Annual report on the Civil Veterinary Department, Burma (including the Insein Veterinary School) - 1923-1931
Year: 1923
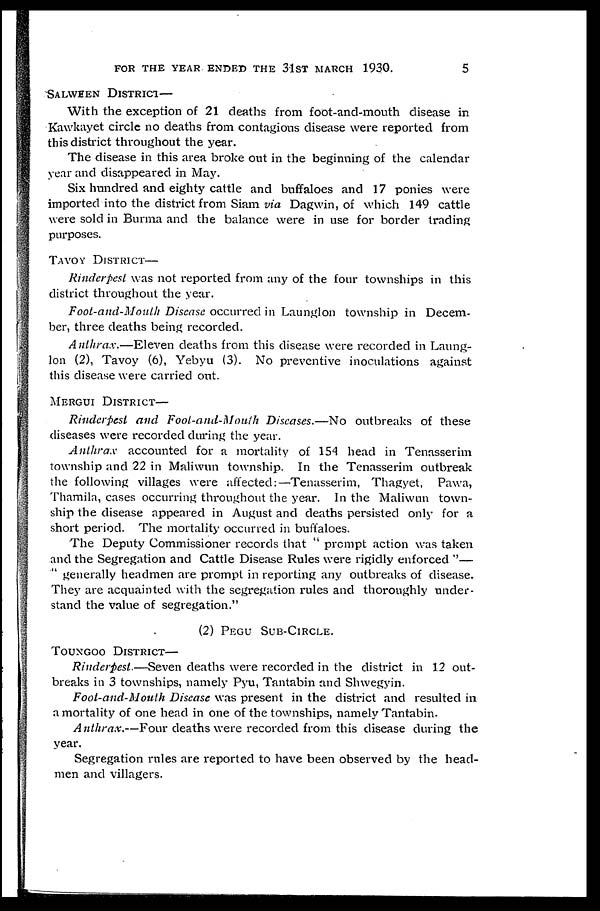
for the year ended the 31st march 1930.
5
SALWEEN DISTRICT—
With the exception of 21 deaths from foot-and-mouth disease in
Kawkayet circle no deaths from contagious disease were reported from
this district throughout the year.
The disease in this area broke out in the beginning of the calendar
year and disappeared in May.
Six hundred and eighty cattle and buffaloes and 17 ponies were
imported into the district from Siam via Dagwin, of which 149 cattle
were sold in Burma and the balance were in use for border trading
purposes.
TAVOY DISTRICT—
Rinderpest was not reported from any of the four townships in this
district throughout the year.
Foot-and-Mouth Disease occurred in Launglon township in Decem-
ber, three deaths being recorded.
Anthrax.—Eleven deaths from this disease were recorded in Laung-
lon (2), Tavoy (6), Yebyu (3). No preventive inoculations against
this disease were carried out.
MERGUI DISTRICT—
Rinderpest and Foot-and-Mouth Diseases.—No outbreaks of these
diseases were recorded during the year.
Anthrax accounted for a mortality of 154 head in Tenasserim
township and 22 in Maliwun township. In the Tenasserim outbreak
the following villages were affected:—Tenasserim, Thagyet, Pawa,
Thamila, cases occurring throughout the year. In the Maliwun town-
ship the disease appeared in August and deaths persisted only for a
short period. The mortality occurred in buffaloes.
The Deputy Commissioner records that " prompt action was taken
and the Segregation and Cattle Disease Rules were rigidly enforced "—
generally headmen are prompt in reporting any outbreaks of disease.
They are acquainted with the segregation rules and thoroughly under-
stand the value of segregation."
(2) PEGU SUB-CIRCLE.
TOUNGOO DISTRICT—
Rinderpest.—Seven deaths were recorded in the district in 12 out-
breaks in 3 townships, namely Pyu, Tantabin and Shwegyin.
Foot-and-Mouth Disease was present in the district and resulted in
a mortality of one head in one of the townships, namely Tantabin.
Anthrax.—Four deaths were recorded from this disease during the
year.
Segregation rules are reported to have been observed by the head-
men and villagers.